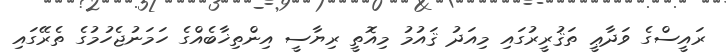
ރައީސްގެ ވަދާޢީ ތަޤުރީރުގައި މިއަދު ޤައުމު މިއޮތީ ރިޔާސީ އިންތިޚާބެއްގެ ހަމަނުޖެހުމުގެ ތެރޭގައި